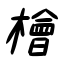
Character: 檜